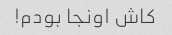
کاش اونجا بودم!